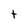
Character: t